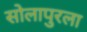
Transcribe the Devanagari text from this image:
सोलापुरला